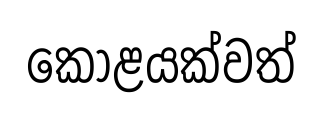
කොළයක්වත්